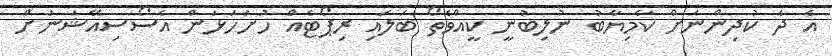
އެ ދެ ކުދިންނަށް ކާމިޔާބު ނުލިބުނީ ކީއްވެތޯ ބަލައި ރިޕޯޓެއް ހުށަހަޅަން އެސޯސިއޭޝަނަށް